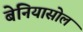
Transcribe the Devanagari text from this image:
बेनियासोल